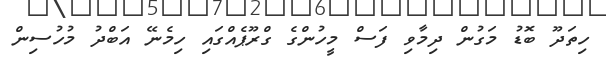
ހިތަދޫ ބޮޑު މަގުން ދިމާވި ފަސް މީހުންގެ ގްރޫޕެއްގައި ހިމެނޭ އަބްދު މުހުސިން